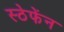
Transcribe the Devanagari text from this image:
स्ठेफेंन